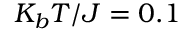
K _ { b } T / J = 0 . 1